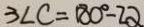
3 \angle C = 1 8 0 ^ { \circ } - 2 \alpha